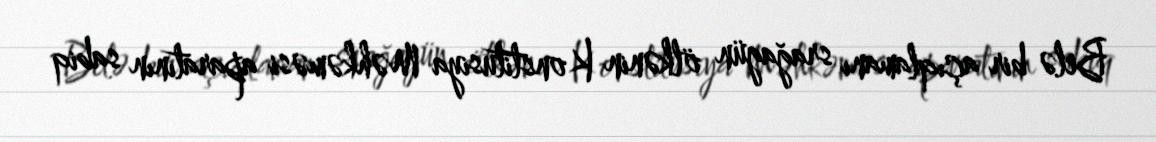
Belə bir açıqlamanı srağagün ölkənin Konstitusiya Məhkəməsi aparatının sabiq